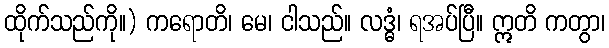
ထိုက်သည်ကို။) ကရောတိ၊ မေ၊ ငါသည်။ လဒ္ဓံ၊ ရအပ်ပြီ။ ဣတိ ကတွာ၊